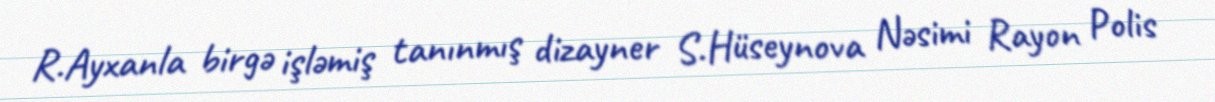
R.Ayxanla birgə işləmiş tanınmış dizayner S.Hüseynova Nəsimi Rayon Polis